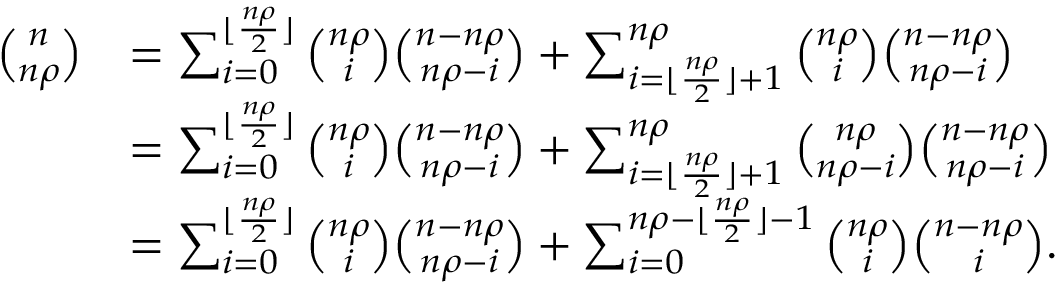
\begin{array} { r l } { { \binom { n } { n \rho } } } & { = \sum _ { i = 0 } ^ { \lfloor \frac { n \rho } { 2 } \rfloor } { \binom { n \rho } { i } } { \binom { n - n \rho } { n \rho - i } } + \sum _ { i = \lfloor \frac { n \rho } { 2 } \rfloor + 1 } ^ { { n \rho } } { \binom { n \rho } { i } } { \binom { n - n \rho } { n \rho - i } } } \\ & { = \sum _ { i = 0 } ^ { \lfloor \frac { n \rho } { 2 } \rfloor } { \binom { n \rho } { i } } { \binom { n - n \rho } { n \rho - i } } + \sum _ { i = \lfloor \frac { n \rho } { 2 } \rfloor + 1 } ^ { { n \rho } } { \binom { n \rho } { n \rho - i } } { \binom { n - n \rho } { n \rho - i } } } \\ & { = \sum _ { i = 0 } ^ { \lfloor \frac { n \rho } { 2 } \rfloor } { \binom { n \rho } { i } } { \binom { n - n \rho } { n \rho - i } } + \sum _ { i = 0 } ^ { n \rho - \lfloor \frac { n \rho } { 2 } \rfloor - 1 } { \binom { n \rho } { i } } { \binom { n - n \rho } { i } } . } \end{array}